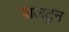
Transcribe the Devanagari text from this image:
पालटुन